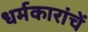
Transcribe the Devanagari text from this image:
धर्मकारांचें